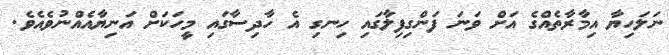
ނަލަހިޔާ އިމާރާތެއްގެ އަށް ވަނަ ފަންގިފިލާގައި ހިނގި އެ ހާދިސާގައި މީހަކަށް އަނިޔާއެއްނުވެއެވެ.